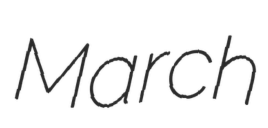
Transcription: March